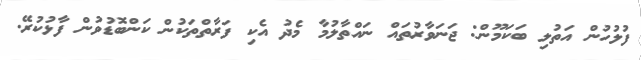
ފުލުހުން އަތުލި ބަކަމޫން: ޖަނަވާރުތައް ނައްތާލުމާ މެދު އެކި ފަރާތްތަކުން ކަންބޮޑުވުން ފާޅުކުރޭ.